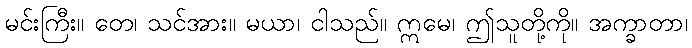
မင်းကြီး။ တေ၊ သင်အား။ မယာ၊ ငါသည်။ ဣမေ၊ ဤသူတို့ကို။ အက္ခာတာ၊